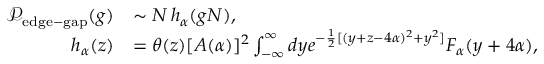
\begin{array} { r l } { \mathcal { P } _ { \mathrm { e d g e - g a p } } ( g ) } & { \sim N \, h _ { \alpha } ( g N ) , } \\ { h _ { \alpha } ( z ) } & { = \theta ( z ) [ A ( \alpha ) ] ^ { 2 } \int _ { - \infty } ^ { \infty } d y e ^ { - \frac { 1 } { 2 } [ ( y + z - 4 \alpha ) ^ { 2 } + y ^ { 2 } ] } F _ { \alpha } ( y + 4 \alpha ) , } \end{array}